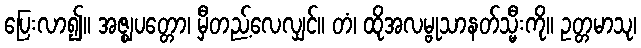
ပြေးလာ၍။ အဇ္ဈပတ္တော၊ မှီတည့်လေလျှင်။ တံ၊ ထိုအလမ္ဗုသာနတ်သ္မီးကို။ ဥတ္တမာသု၊